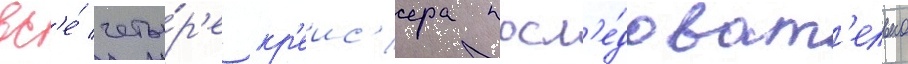
вс'е́ четы́р'е кр'еис'ера посл'е́доват'ельно